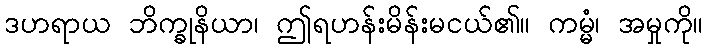
ဒဟရာယ ဘိက္ခုနိယာ၊ ဤရဟန်းမိန်းမငယ်၏။ ကမ္မံ၊ အမှုကို။